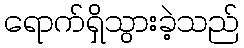
ရောက်ရှိသွားခဲ့သည်